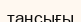
таңсығы